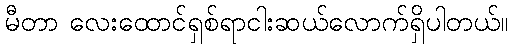
မီတာ လေးထောင်ရှစ်ရာငါးဆယ်လောက်ရှိပါတယ်။